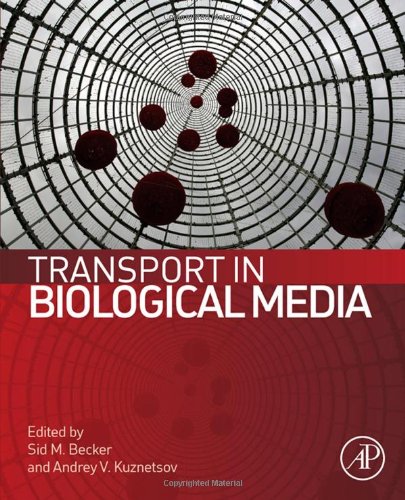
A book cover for Transport in Biological Media; Medical Books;